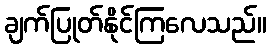
ချက်ပြုတ်နိုင်ကြလေသည်။